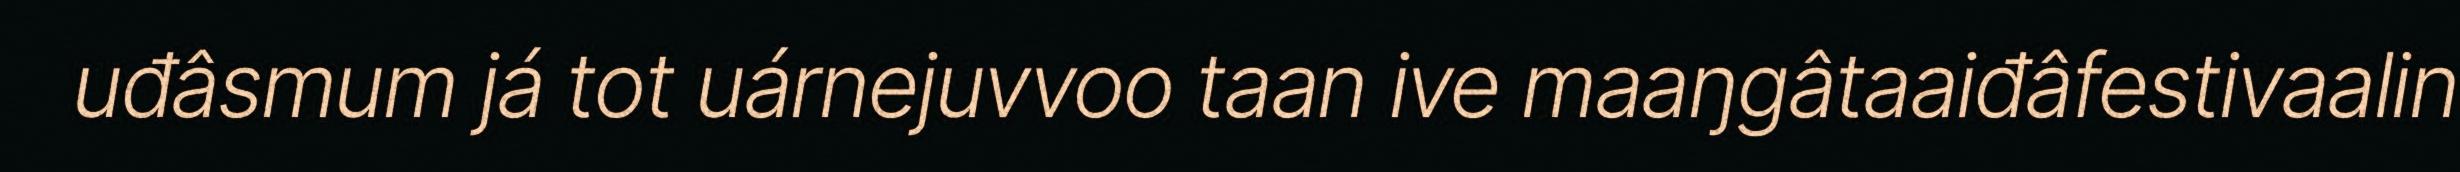
uđâsmum já tot uárnejuvvoo taan ive maaŋgâtaaiđâfestivaalin